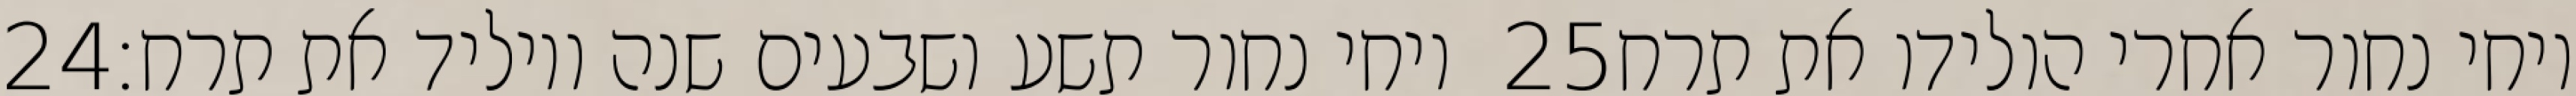
‎24‏ ויחי נחור תשע ושבעים שנה ויוליד את תרח׃ ‎25‏ ויחי נחור אחרי הולידו את תרח